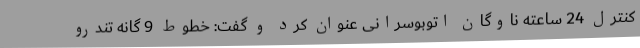
کنترل 24 ساعته ناوگان اتوبوسرانی عنوان کرد و گفت: خطوط 9 گانه تندرو